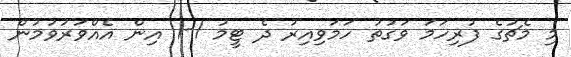
މި މެޗުގެ ފުރިހަމަ ވަގުތު ހަމަވިއިރު ދެ ޓީމު 1-1 އިން އެއްވަރުވުމުން